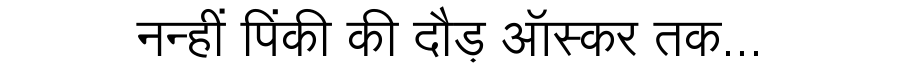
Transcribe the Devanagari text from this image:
नन्हीं पिंकी की दौड़ ऑस्कर तक...